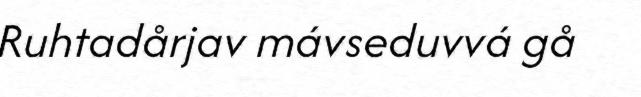
Ruhtadårjav mávseduvvá gå